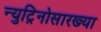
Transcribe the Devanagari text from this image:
न्युट्रिनोसारख्या